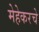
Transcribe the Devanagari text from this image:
मेहेकरचे